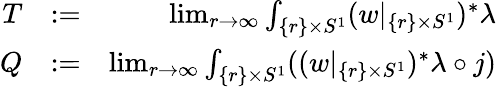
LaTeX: \begin{array}{rlr}{T}&{:=}&{\operatorname*{lim}_{r\to\infty}\int_{\{ r\} \times S^{1}}(w|_{\{ r\} \times S^{1}})^{*}\lambda}\\ {Q}&{:=}&{\operatorname*{lim}_{r\to\infty}\int_{\{ r\} \times S^{1}}((w|_{\{ r\} \times S^{1}})^{*}\lambda\circ j)}\end{array}